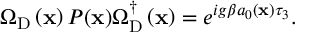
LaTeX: \Omega _ { \mathrm { D } } \left( { \bf x } \right) P ( { \bf x } ) \Omega _ { \mathrm { D } } ^ { \dagger } \left( { \bf x } \right) = e ^ { i g \beta a _ { 0 } \left( { \bf x } \right) \tau _ { 3 } } .